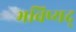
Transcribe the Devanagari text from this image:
भविष्यद्